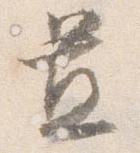
置